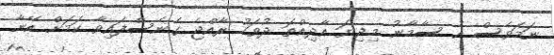
ނަމަވެސް އެ ސާމާނު މިދިޔަ އާދިއްތަ ދުވަހު ރާއްޖެ ގެނެސްފައިވާ ކަމަށް އޭނާ